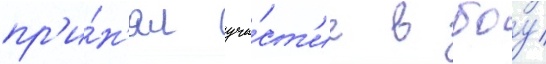
пр'и́н'ял уча́ст'ие в боу